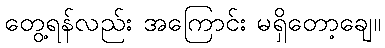
တွေ့ရန်လည်း အကြောင်း မရှိတော့ချေ။